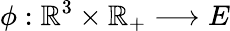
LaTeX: \phi:\mathbb{R}^{3}\times\mathbb{R}_{+}\longrightarrow E